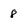
Character: 8